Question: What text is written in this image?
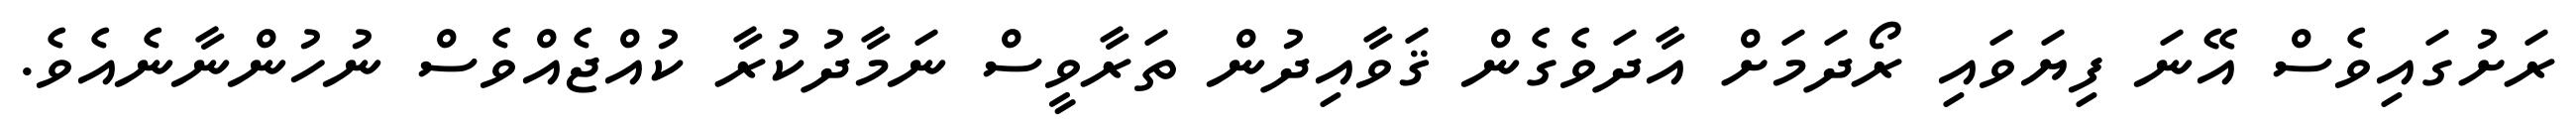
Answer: ރަށުގައިވެސް އޭނަ ފިޔަވައި ރޯދަމަށް އާދަވެގެން ޤަވާއިދުން ތަރާވީސް ނަމާދުކުރާ ކުއްޖެއްވެސް ނުހުންނާނެއެވެ.